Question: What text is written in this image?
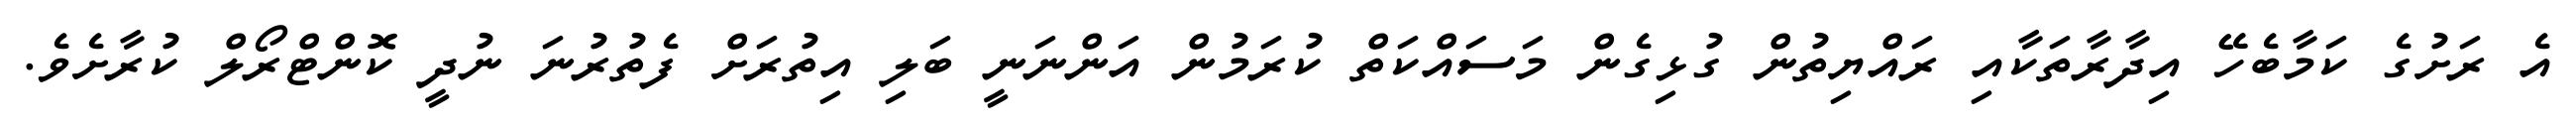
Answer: އެ ރަށުގެ ކަމާބެހޭ އިދާރާތަކާއި ރައްޔިތުން ގުޅިގެން މަސައްކަތް ކުރަމުން އަންނަނީ ބަލި އިތުރަށް ފެތުރުނަ ނުދީ ކޮންޓްރޯލް ކުރާށެވެ.